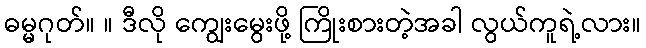
ဓမ္မဂုတ်။ ။ ဒီလို ကျွေးမွေးဖို့ ကြိုးစားတဲ့အခါ လွယ်ကူရဲ့လား။